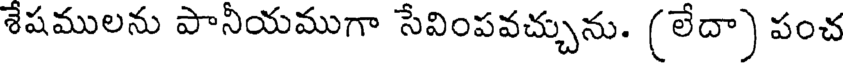
శేషములను పానీయముగా సేవింపవచ్చును. (లేదా) పంచ